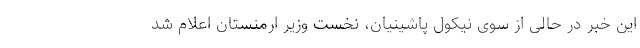
این خبر در حالی از سوی نیکول پاشینیان، نخست وزیر ارمنستان اعلام شد